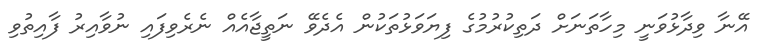
އޭނާ ވިދާޅުވަނީ މިހާތަނަށް ދަތިކުރުމުގެ ފިޔަވަޅުތަކުން އެދެވޭ ނަތީޖާއެއް ނެރެވިފައި ނުވާއިރު ފާއިތުވި